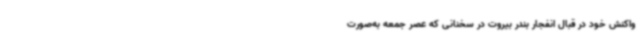
واکنش خود در قبال انفجار بندر بیروت در سخنانی که عصر جمعه به‌صورت